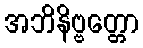
အဘိနိဗ္ဗတ္တော